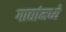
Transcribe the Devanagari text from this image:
गाद्यांमध्ये